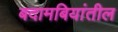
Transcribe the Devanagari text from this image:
बदामबियांतील